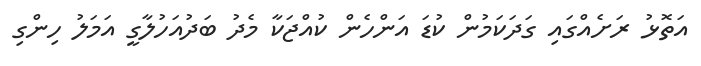
އަތޮޅު ރަށެއްގައި ގަދަކަމުން ކުޑަ އަންހެން ކުއްޖަކާ މެދު ބަދުއަހުލާގީ އަމަލު ހިންގި